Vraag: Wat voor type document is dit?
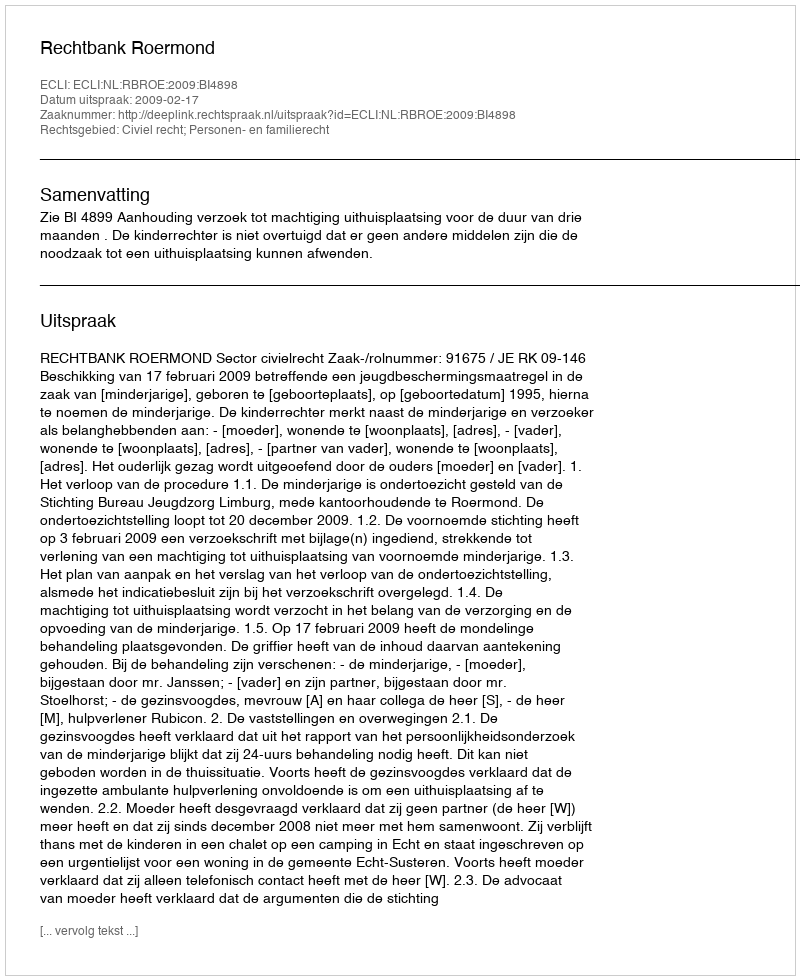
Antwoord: Uitspraak